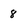
Character: 8